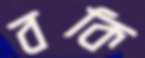
বকি